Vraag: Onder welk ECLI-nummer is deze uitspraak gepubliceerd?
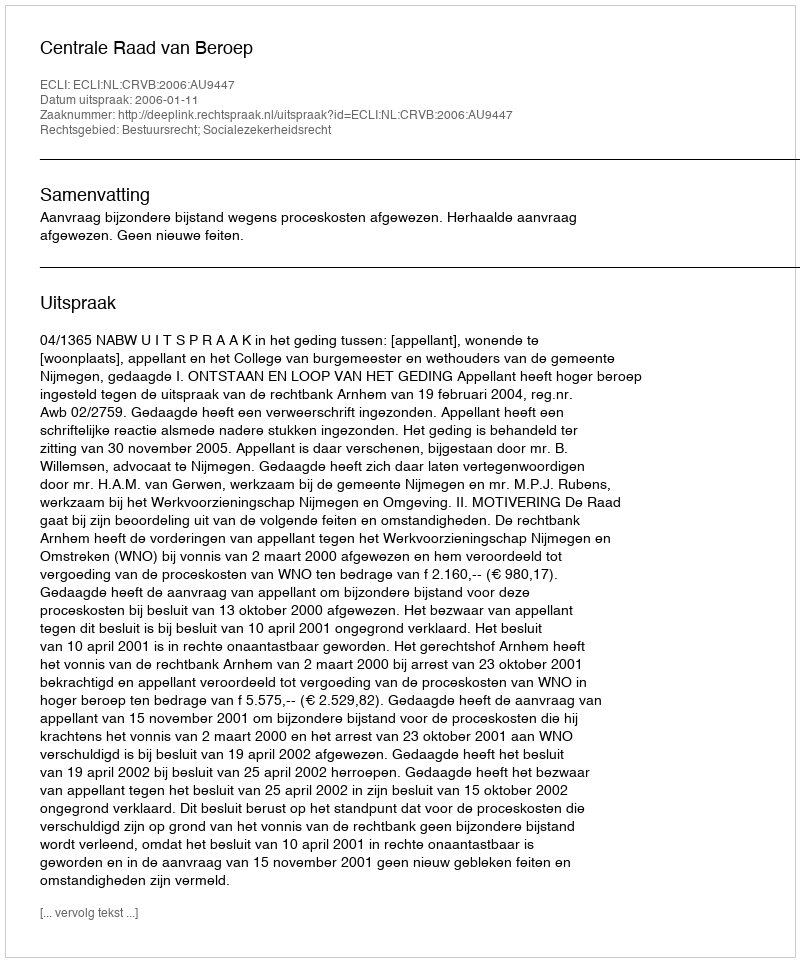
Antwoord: ECLI:NL:CRVB:2006:AU9447